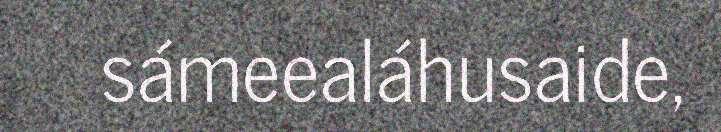
sámeealáhusaide,